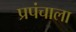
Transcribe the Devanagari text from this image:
प्रपंचाला